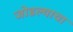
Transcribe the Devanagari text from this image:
जोडल्याचा